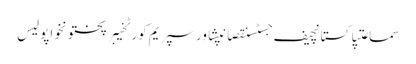
سماعتپاکستانچیف جسٹسنقصانپشاورسپریم کورٹخیبرپختونخواپولیس